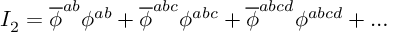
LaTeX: { \cal I } _ { 2 } = \overline { { { \phi } } } ^ { a b } \phi ^ { a b } + \overline { { { \phi } } } ^ { a b c } \phi ^ { a b c } + \overline { { { \phi } } } ^ { a b c d } \phi ^ { a b c d } + \ldots